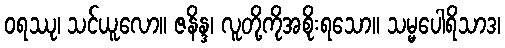
ဝရဿု၊ သင်ယူလော။ ဇနိန္ဒ၊ လူတို့ကိုအစိုးရသော။ သမ္မပေါရိသာဒ၊